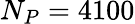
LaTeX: N_{P}=4100